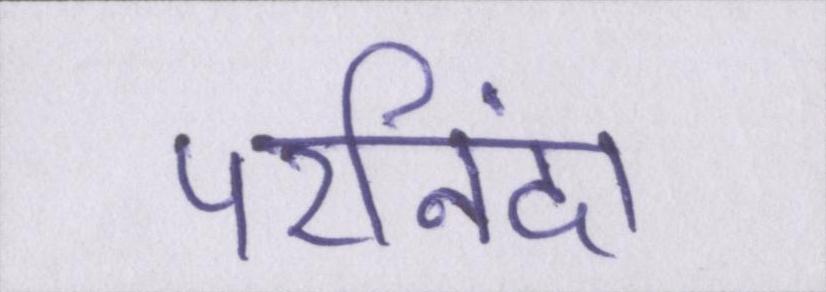
परनिंदा